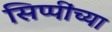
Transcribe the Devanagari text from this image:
सिप्पींच्या